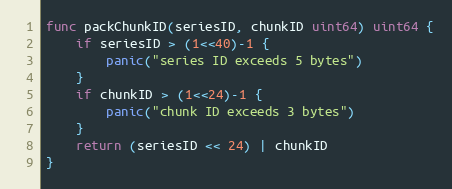
Language: Go
func packChunkID(seriesID, chunkID uint64) uint64 {
	if seriesID > (1<<40)-1 {
		panic("series ID exceeds 5 bytes")
	}
	if chunkID > (1<<24)-1 {
		panic("chunk ID exceeds 3 bytes")
	}
	return (seriesID << 24) | chunkID
}